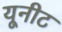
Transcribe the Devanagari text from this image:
यूनीट